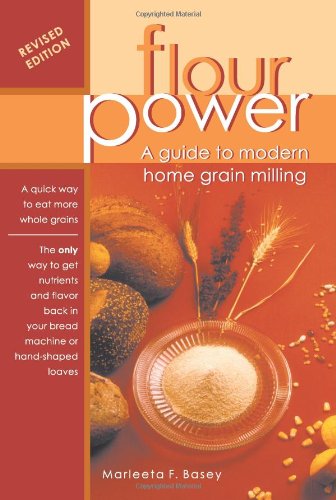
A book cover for Flour Power: A Guide To Modern Home Grain Milling; Marleeta F. Basey; Cookbooks, Food & Wine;